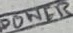
Text: POWER